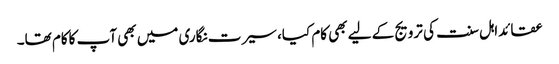
عقائداہل سنت کی ترویج کے لیے بھی کام کیا، سیرت نگاری میں بھی آپ کاکام تھا۔